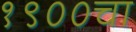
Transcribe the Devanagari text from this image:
१९००चा